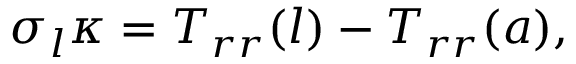
\sigma _ { l } \kappa = T _ { r r } ( l ) - T _ { r r } ( a ) ,